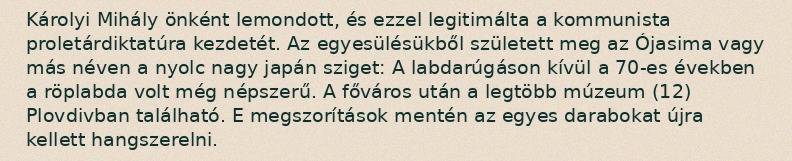
Károlyi Mihály önként lemondott, és ezzel legitimálta a kommunista proletárdiktatúra kezdetét. Az egyesülésükből született meg az Ójasima vagy más néven a nyolc nagy japán sziget: A labdarúgáson kívül a 70-es években a röplabda volt még népszerű. A főváros után a legtöbb múzeum (12) Plovdivban található. E megszorítások mentén az egyes darabokat újra kellett hangszerelni.